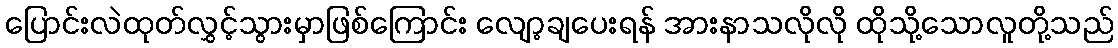
ပြောင်းလဲထုတ်လွှင့်သွားမှာဖြစ်ကြောင်း လျော့ချပေးရန် အားနာသလိုလို ထိုသို့သောလူတို့သည်